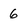
Character: 6